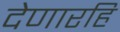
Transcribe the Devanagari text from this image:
देणारहि